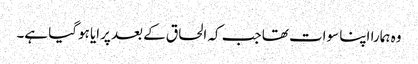
وہ ہمارا اپنا سوات تھا جب کہ الحاق کے بعد پرایا ہوگیا ہے۔